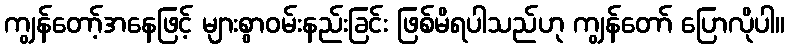
ကျွန်တော့်အနေဖြင့် များစွာဝမ်းနည်းခြင်း ဖြစ်မိရပါသည်ဟု ကျွန်တော် ပြောလိုပါ။